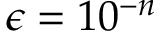
\epsilon = 1 0 ^ { - n }